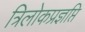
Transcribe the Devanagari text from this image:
त्रिलोकप्रज्ञप्ति